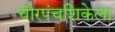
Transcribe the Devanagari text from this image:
चौरपंचशिकेला